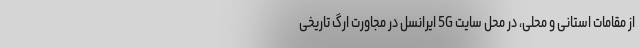
از مقامات استانی و محلی، در محل سایت 5G ایرانسل در مجاورت ارگ تاریخی